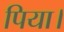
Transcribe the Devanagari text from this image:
पिया।